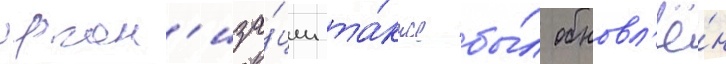
орган'иза́ции та́кже бы́л обновл'ё́н